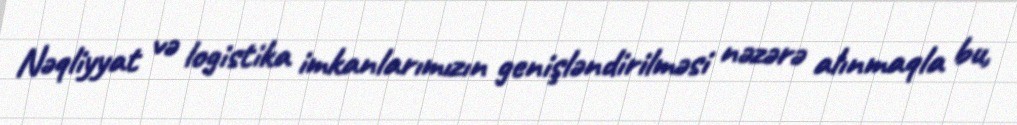
Nəqliyyat və logistika imkanlarımızın genişləndirilməsi nəzərə alınmaqla bu,